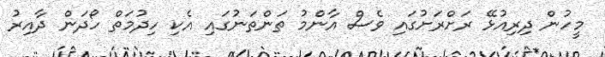
މީހުން ދިރިއުޅޭ ރަށްރަށުގައި ވެސް އާންމު ތަންތަނުގައި އެކި ހިދުމަތް ހޯދަން ދާއިރު